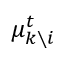
\mu _ { k \setminus i } ^ { t }